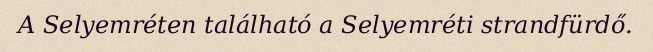
A Selyemréten található a Selyemréti strandfürdő.